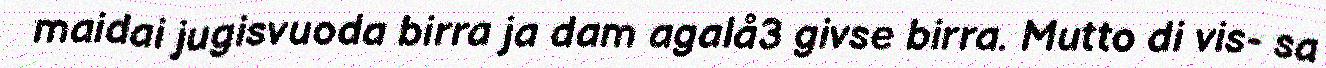
maidai jugisvuoda birra ja dam agalå3 givse birra. Mutto di vis- sa